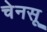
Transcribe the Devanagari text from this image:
चेनसू